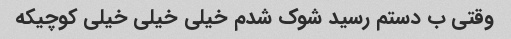
وقتی ب دستم رسید شوک شدم خیلی خیلی خیلی کوچیکه